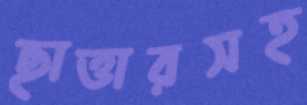
ছাত্তারসহ